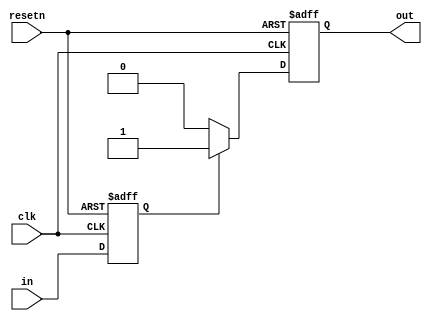
module schmitt_trigger_buffer (
    input wire clk,
    input wire resetn,
    input wire in,
    output reg out
);

parameter THRESHOLD_HIGH = 1'b1; // Upper threshold for Schmitt trigger
parameter THRESHOLD_LOW = 1'b0; // Lower threshold for Schmitt trigger
parameter HYSTERESIS = 1'b0; // Hysteresis value

reg reg_in;
reg reg_out;

always @(posedge clk or negedge resetn) begin
    if (~resetn) begin
        reg_in <= 1'b0;
        reg_out <= 1'b0;
    end else begin
        reg_in <= in;
        if (reg_out == THRESHOLD_HIGH) begin
            if (reg_in == THRESHOLD_LOW) begin
                reg_out <= THRESHOLD_LOW;
            end
        end else begin
            if (reg_in == THRESHOLD_HIGH) begin
                reg_out <= THRESHOLD_HIGH;
            end
        end
    end
end

assign out = reg_out;

endmodule